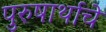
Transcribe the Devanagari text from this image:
पुरुषार्थाचे